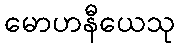
မောဟနီယေသု